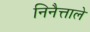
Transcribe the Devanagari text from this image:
निनैत्ताले